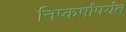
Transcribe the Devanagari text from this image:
निष्कर्षांपर्यंत